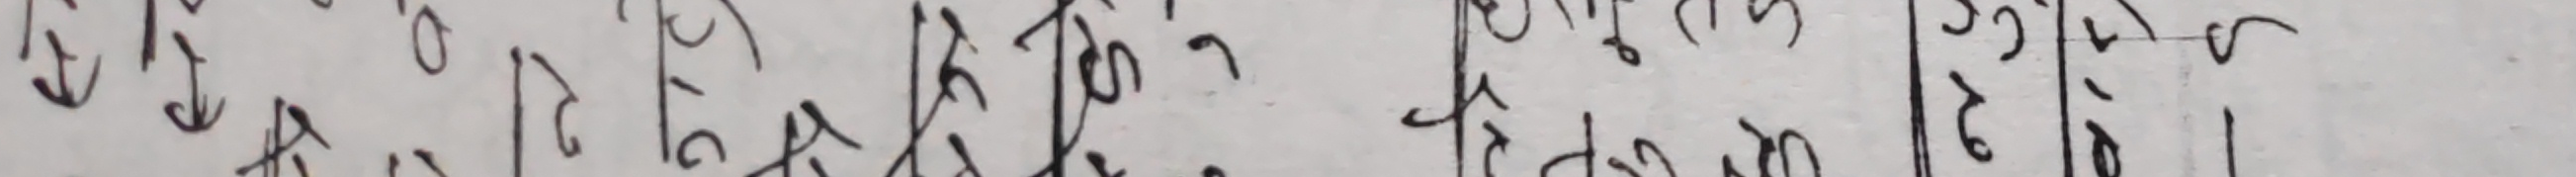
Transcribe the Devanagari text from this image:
(१६)
जहा०